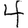
Digit: 4